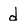
Character: d